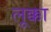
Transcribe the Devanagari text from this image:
लूक्का